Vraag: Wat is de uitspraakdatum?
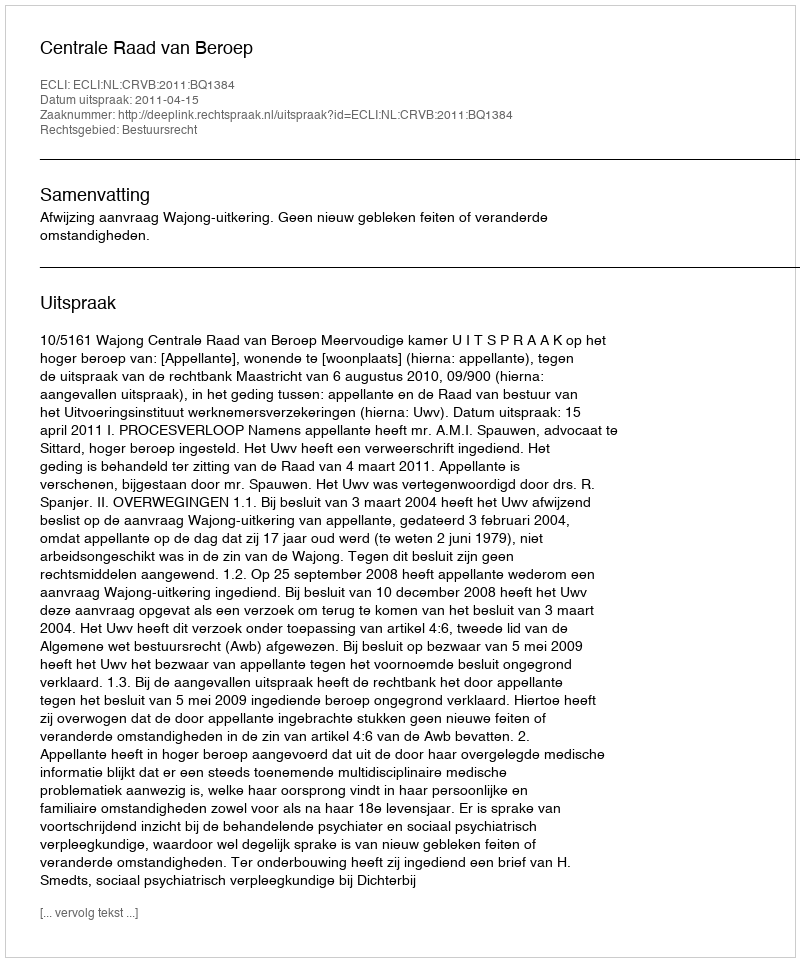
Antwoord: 2011-04-15